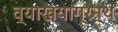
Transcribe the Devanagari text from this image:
व्याख्याग्रन्थ